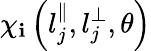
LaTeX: \chi_{\mathbf{i}}\left(l_{j}^{\parallel},l_{j}^{\perp},\theta\right)